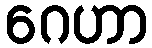
ဂေဟာ